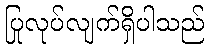
ပြုလုပ်လျက်ရှိပါသည်